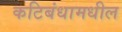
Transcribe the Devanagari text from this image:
कटिबंधामधील